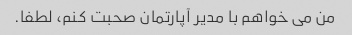
من می خواهم با مدیر آپارتمان صحبت کنم، لطفا.